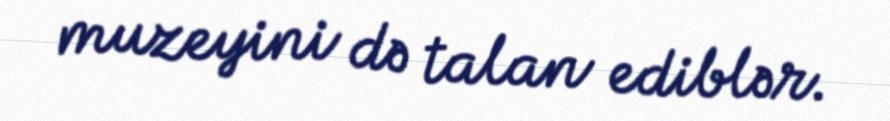
muzeyini də talan ediblər.